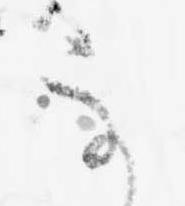
不